Madras plague regulations in force outside the Presidency town - Volume 2
Disease focus: Plague
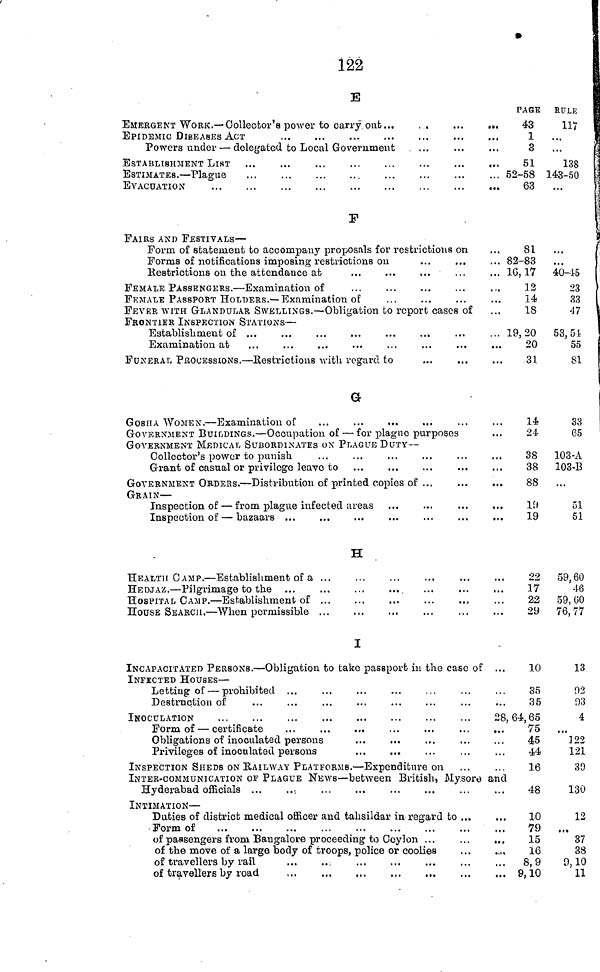
122
E
EMERGENT WORK.— Collector's power to carry out...
EPIDEMIC DISEASES ACT
Powers under — delegated to Local Government
ESTABLISHMENT LIST
ESTIMATES. — Plague
EVACUATION
PASE
43
1
3
51
52-58
63
RULE
117
...
138
143-50
F
FAIRS AND FESTIVALS —
Form of statement to accompany proposals for restrictions on
Forms of notifications imposing restrictions on
...
...
Restrictions on the attendance at
FEMALE PASSENGERS. — Examination of
FEMALE PASSPORT HOLDERS.— Examination of
FEVER WITH GLANDULAR SWELLINGS.— Obligation to report cases of
FRONTIER INSPECTION STATIONS—
Establishment of ...
Examination at
FUNERAL PROCESSIONS. — Restrictions with regard to
81
... 82-83
16,17
12
14
18
19,20
20
31
...
...
40- 45
23
33
47
53, 54i
55
81
G
GOsHA WOMEN. — Examination of
GOVERNMENT BUILDINGS. — Occupation of — for plague purposes
GOVERNMENT MEDICAL SUBORDINATES ON PLAGUE DUTY —
Collector's power to punish
Grant of casual or privilege leave to
GOVERNMENT ORDErS. — Distribution of printed copies of ...
GRAIN —
Inspection of — from plague infected areas
Inspection of — bazaars ...
14
24
38
38
88
19 19
33
65
103-A
103-13
51
51
H
HEALTH CAMP. — Establishment of a
HEDJAZ. — Pilgrimage to the
HOSPITAL CAMP. — Establishment of ...
HOUSE SEARCH, — When permissible ...
22
17
22
29
59,60
46
59, 0O
76,77
I
INCAPACITATED PERSONS. — Obligation to take passport in the case of
INFECTED HOUSES —
Letting of — prohibited ...
Destruction of
INOCULATION
Form of — certificate
Obligations of inoculated persons
Privileges of inoculated persons
INSPECTION SHEDS ON RAILWAY PLATFORMS. — Expenditure on
10
35
35
28, 64, 65
75
45
44
16
13
02
93
4
122
121
39
INTER-COMMUNICATION OF PLAGUE NEWS — between British, Mysore and
Hyderabad officials
INTIMATION —
Duties of district medical officer and tahsildar in regard to ...
Form of
of passengers from Bangalore proceeding to Ceylon ...
of the move of a large body of troops, police or coolies
of travellers by rail
48
10
79
15
16
... 8,9
,,. 9,10
130
12
...
37
38
9,10
11